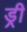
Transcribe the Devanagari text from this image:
ड्री